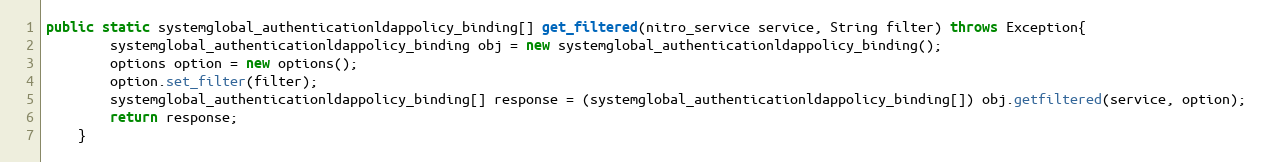
Language: Java
public static systemglobal_authenticationldappolicy_binding[] get_filtered(nitro_service service, String filter) throws Exception{
		systemglobal_authenticationldappolicy_binding obj = new systemglobal_authenticationldappolicy_binding();
		options option = new options();
		option.set_filter(filter);
		systemglobal_authenticationldappolicy_binding[] response = (systemglobal_authenticationldappolicy_binding[]) obj.getfiltered(service, option);
		return response;
	}